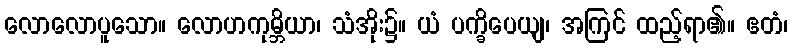
လောလောပူသော။ လောဟကုမ္ဘိယာ၊ သံအိုး၌။ ယံ ပက္ခိပေယျ၊ အကြင် ထည့်ရာ၏။ ဧတံ၊